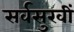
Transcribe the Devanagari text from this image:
सर्वसुखीं